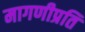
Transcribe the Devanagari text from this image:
मागणीप्रति